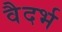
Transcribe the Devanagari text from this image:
वैदर्भ